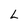
Character: L